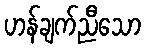
ဟန်ချက်ညီသော